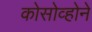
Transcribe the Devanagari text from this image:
कोसोव्होने